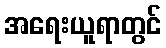
အရေးယူရာတွင်